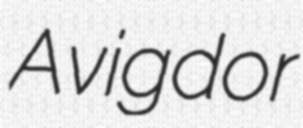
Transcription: Avigdor